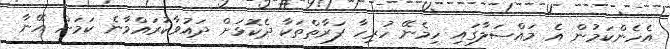
އެހެންކަމުން އެ މައްސަލާގައި ހިމެނޭ ހުރިހާ ފަރާތްތަކާ ދެކޮޅަށް ދައުވާކުރައްވާނެ ކަމަށް އޭނާ